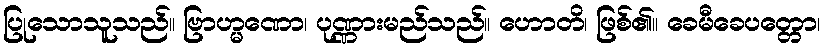
ပြုသောသူသည်။ ဗြာဟ္မဏော၊ ပုဏ္ဏားမည်သည်။ ဟောတိ၊ ဖြစ်၏။ ခေမီခေပတ္တော၊